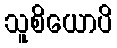
သူစိယောပိ